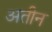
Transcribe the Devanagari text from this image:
अतीन